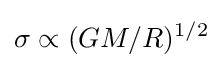
\sigma \propto (GM/R)^{1/2}